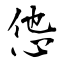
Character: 怹